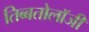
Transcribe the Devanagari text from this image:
तिब्‍बतोलॉजी